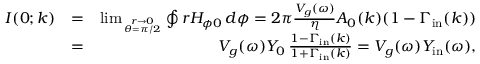
\begin{array} { r l r } { I ( 0 ; k ) } & { = } & { \operatorname* { l i m } _ { r \to 0 \atop \theta = \pi / 2 } \oint r H _ { \phi 0 } \, d \phi = 2 \pi \frac { V _ { g } ( \omega ) } { \eta } A _ { 0 } ( k ) ( 1 - \Gamma _ { \mathrm { i n } } ( k ) ) } \\ & { = } & { V _ { g } ( \omega ) Y _ { 0 } \, \frac { 1 - \Gamma _ { \mathrm { i n } } ( k ) } { 1 + \Gamma _ { \mathrm { i n } } ( k ) } = V _ { g } ( \omega ) Y _ { \mathrm { i n } } ( \omega ) , } \end{array}